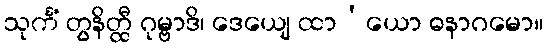
သုင်္ကံ တွနိတ္ထီ ဂုမ္ဗာဒိ၊ ဒေယျေ ထာ’ယော ဓနာဂမော။